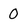
Character: 0